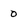
Character: 0